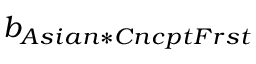
b _ { A s i a n * C n c p t F r s t }